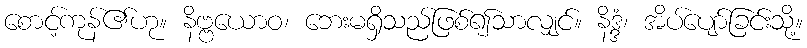
စောင့်ကုန်၏ဟု။ နိဗ္ဗယောဝ၊ ဘေးမရှိသည်ဖြစ်၍သာလျှင်။ နိဒ္ဒံ၊ အိပ်ပျော်ခြင်းသို့။